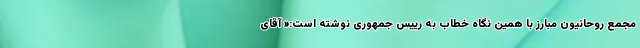
مجمع روحانیون مبارز با همین نگاه خطاب به رییس جمهوری نوشته است:« آقای